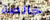
خالصة